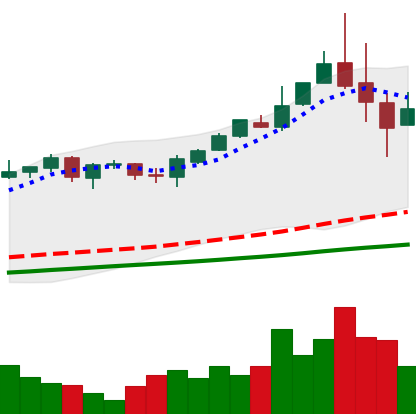
Ticker: BTC-USD
Chart end date: 2017-05-28
Forward return: 15.435%
Label: up_7plus